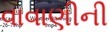
વાવાણીની